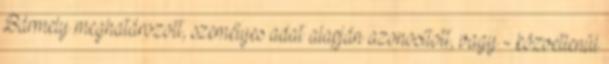
Bármely meghatározott, személyes adat alapján azonosított, vagy - közvetlenül